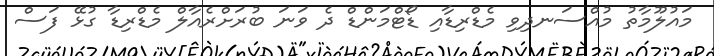
މައުލޫމާތު މުއްސަނދިވި މެޑްރިޑާއި ޑޯޓްމަންޑް ދެ ވަނަ ބުރަށްރެއާލް މެޑްރިޑާ ގުޅޭ ފަސް